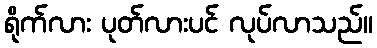
ရိုက်လား ပုတ်လားပင် လုပ်လာသည်။